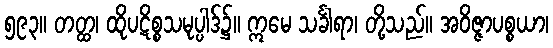
၅၉၃။ တတ္ထ၊ ထိုပဋိစ္စသမုပ္ပါဒ်၌။ ဣမေ သင်္ခါရာ၊ တို့သည်။ အဝိဇ္ဇာပစ္စယာ၊